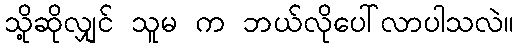
သို့ဆိုလျှင် သူမ က ဘယ်လိုပေါ်လာပါသလဲ။